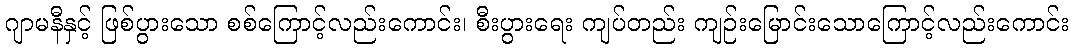
ဂျာမနီနှင့် ဖြစ်ပွားသော စစ်ကြောင့်လည်းကောင်း၊ စီးပွားရေး ကျပ်တည်း ကျဉ်းမြောင်းသောကြောင့်လည်းကောင်း